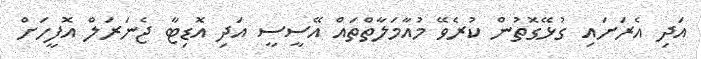
އަދި އެރަށައި ގުޅޭގޮތުން ކުރެވޭ މުއާމަލާތްތައް އޭސީސީ އަދި އޮޑިޓާ ޖެނަރަލް އޮފީހަށް